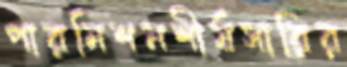
পারমিশনশীর্ষসারির